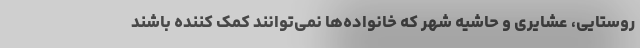
روستایی، عشایری و حاشیه شهر که خانواده‌ها نمی‌توانند کمک کننده باشند